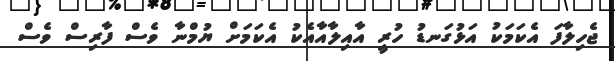
ޖެހިލާފަ އެކަމަކު އަޅުގަނޑު ހުރީ އާއިލާއާއެކު އެކަމަށް ޔުމްނާ ވެސް ފާރިސް ވެސް